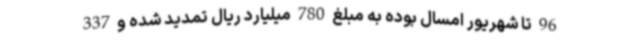
96 تا شهریور امسال بوده به مبلغ 780 میلیارد ریال تمدید شده و 337